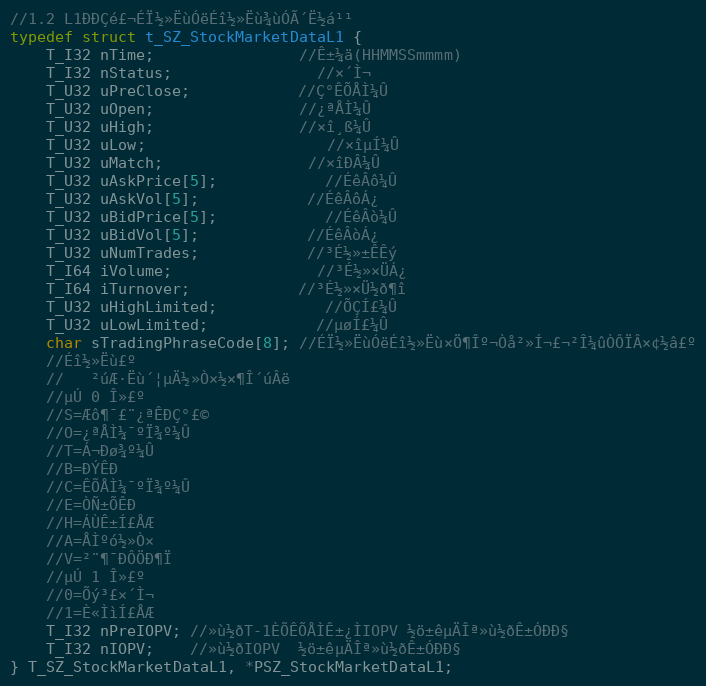
Language: C
//1.2 L1ÐÐÇé£¬ÉÏ½»ËùÓëÉî½»Ëù¾ùÓÃ´Ë½á¹¹
typedef struct t_SZ_StockMarketDataL1 {
	T_I32 nTime;				//Ê±¼ä(HHMMSSmmmm)
	T_I32 nStatus;				//×´Ì¬
	T_U32 uPreClose;			//Ç°ÊÕÅÌ¼Û
	T_U32 uOpen;				//¿ªÅÌ¼Û
	T_U32 uHigh;				//×î¸ß¼Û
	T_U32 uLow;					//×îµÍ¼Û
	T_U32 uMatch;				//×îÐÂ¼Û
	T_U32 uAskPrice[5];			//ÉêÂô¼Û
	T_U32 uAskVol[5];			//ÉêÂôÁ¿
	T_U32 uBidPrice[5];			//ÉêÂò¼Û
	T_U32 uBidVol[5];			//ÉêÂòÁ¿
	T_U32 uNumTrades;			//³É½»±ÊÊý
	T_I64 iVolume;				//³É½»×ÜÁ¿
	T_I64 iTurnover;			//³É½»×Ü½ð¶î
	T_U32 uHighLimited;			//ÕÇÍ£¼Û
	T_U32 uLowLimited;			//µøÍ£¼Û
	char sTradingPhraseCode[8]; //ÉÏ½»ËùÓëÉî½»Ëù×Ö¶Îº¬Òå²»Í¬£¬²Î¼ûÒÔÏÂ×¢½â£º
	//Éî½»Ëù£º
	//   ²úÆ·Ëù´¦µÄ½»Ò×½×¶Î´úÂë
	//µÚ 0 Î»£º
	//S=Æô¶¯£¨¿ªÊÐÇ°£©
	//O=¿ªÅÌ¼¯ºÏ¾º¼Û
	//T=Á¬Ðø¾º¼Û
	//B=ÐÝÊÐ
	//C=ÊÕÅÌ¼¯ºÏ¾º¼Û
	//E=ÒÑ±ÕÊÐ
	//H=ÁÙÊ±Í£ÅÆ
	//A=ÅÌºó½»Ò×
	//V=²¨¶¯ÐÔÖÐ¶Ï
	//µÚ 1 Î»£º
	//0=Õý³£×´Ì¬
	//1=È«ÌìÍ£ÅÆ
	T_I32 nPreIOPV; //»ù½ðT-1ÈÕÊÕÅÌÊ±¿ÌIOPV ½ö±êµÄÎª»ù½ðÊ±ÓÐÐ§
	T_I32 nIOPV;	//»ù½ðIOPV  ½ö±êµÄÎª»ù½ðÊ±ÓÐÐ§
} T_SZ_StockMarketDataL1, *PSZ_StockMarketDataL1;